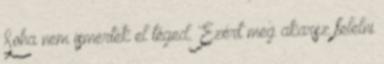
Soha nem ismertek el téged. Ezért meg akarsz felelni